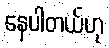
နေပါတယ်ဟု